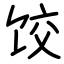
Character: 饺